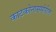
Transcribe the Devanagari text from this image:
काटकोनासमोरील